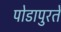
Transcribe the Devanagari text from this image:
पोडापुरते